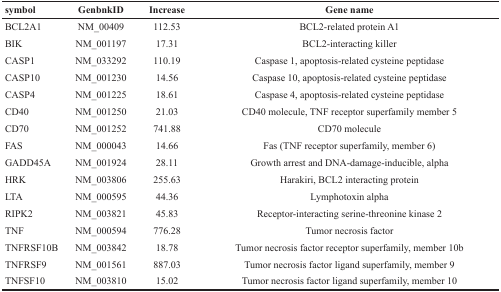
| symbol | GenbnkID | Increase | Gene name |
 | --- | --- | --- | --- |
 | BCL2A1 | NM_00409 | 112.53 | BCL2-related protein A1 |
 | BIK | NM_001197 | 17.31 | BCL2-interacting killer |
 | CASP1 | NM_033292 | 110.19 | Caspase 1, apoptosis-related cysteine peptidase |
 | CASP10 | NM_001230 | 14.56 | Caspase 10, apoptosis-related cysteine peptidase |
 | CASP4 | NM_001225 | 18.61 | Caspase 4, apoptosis-related cysteine peptidase |
 | CD40 | NM_001250 | 21.03 | CD40 molecule, TNF receptor superfamily member 5 |
 | CD70 | NM_001252 | 741.88 | CD70 molecule |
 | FAS | NM_000043 | 14.66 | Fas (TNF receptor superfamily, member 6) |
 | GADD45A | NM_001924 | 28.11 | Growth arrest and DNA-damage-inducible, alpha |
 | HRK | NM_003806 | 255.63 | Harakiri, BCL2 interacting protein |
 | LTA | NM_000595 | 44.36 | Lymphotoxin alpha |
 | RIPK2 | NM_003821 | 45.83 | Receptor-interacting serine-threonine kinase 2 |
 | TNF | NM_000594 | 776.28 | Tumor necrosis factor |
 | TNFRSF10B | NM_003842 | 18.78 | Tumor necrosis factor receptor superfamily, member 10b |
 | TNFRSF9 | NM_001561 | 887.03 | Tumor necrosis factor ligand superfamily, member 9 |
 | TNFSF10 | NM_003810 | 15.02 | Tumor necrosis factor ligand superfamily, member 10 |